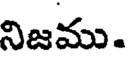
నిజము.